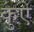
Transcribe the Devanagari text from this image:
कुऐ